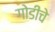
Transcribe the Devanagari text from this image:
गोडीचे